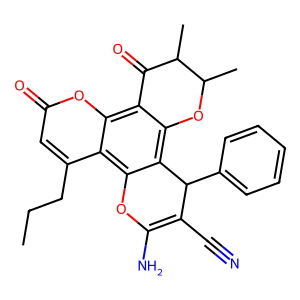
SMILES: CCCc1cc(=O)oc2c3c(c4c(c12)OC(N)=C(C#N)C4c1ccccc1)OC(C)C(C)C3=O
Inhibits HIV replication: No